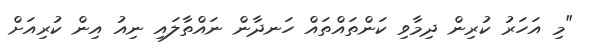
"މި އަހަރު ކުރިން ދިމާވި ކަންތައްތައް ހަނދާން ނައްތާލައި ނިއު އިން ކުރިއަށް